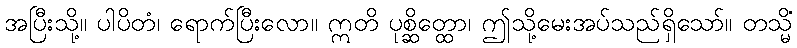
အပြီးသို့။ ပါပိတံ၊ ရောက်ပြီးလော။ ဣတိ ပုစ္ဆိတ္ထော၊ ဤသို့မေးအပ်သည်ရှိသော်။ တသ္မိံ